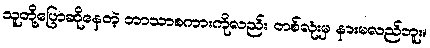
သူတို့ပြောဆိုနေတဲ့ ဘာသာစကားကိုလည်း တစ်လုံးမှ နားမလည်ဘူး။